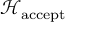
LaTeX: { \mathcal { H } } _ { \mathrm { a c c e p t } }